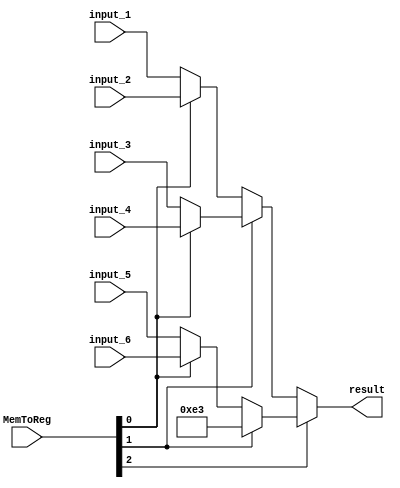
module mux_MEMORY_REGISTERS (
  input  wire [2:0]  MemToReg,
  input  wire [31:0] input_1,
  input  wire [31:0] input_2,
  input  wire [31:0] input_3,
  input  wire [31:0] input_4,
  input  wire [31:0] input_5,
  input  wire [31:0] input_6,

  output wire [31:0] result
);

  wire [31:0] aux_1;
  wire [31:0] aux_2;
  wire [31:0] aux_3;
  wire [31:0] aux_4;
  wire [31:0] aux_5;

  assign aux_1  = MemToReg[0] ? input_2 : input_1;
  assign aux_2  = MemToReg[0] ? input_4 : input_3;
  assign aux_3  = MemToReg[0] ? input_6 : input_5;
  assign aux_4  = MemToReg[1] ? aux_2   : aux_1;
  assign aux_5  = MemToReg[1] ? 32'b00000000000000000000000011100011 : aux_3;

  assign result = MemToReg[2] ? aux_5 : aux_4;

endmodule